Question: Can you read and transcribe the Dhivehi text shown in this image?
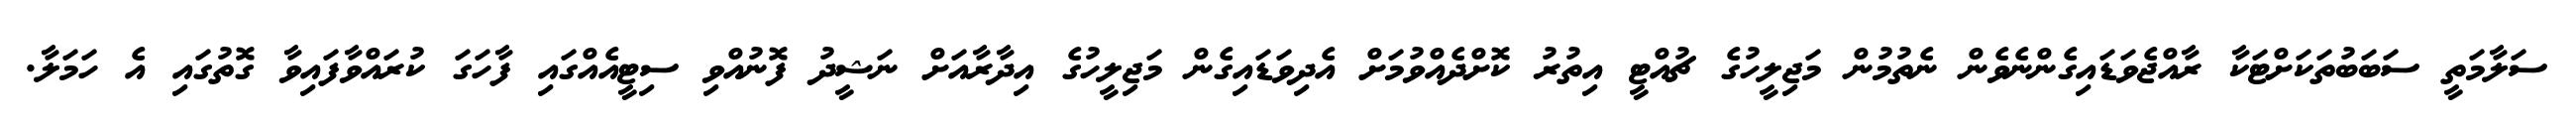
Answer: ސަލާމަތީ ސަބަބުތަކަށްޓަކާ ރާއްޖެވަޑައިގެންނެވެން ނެތުމުން މަޖިލީހުގެ ޗުއްޓީ އިތުރު ކޮށްދެއްވުމަށް އެދިވަޑައިގެން މަޖިލީހުގެ އިދާރާއަށް ނަޝީދު ފޮނުއްވި ސިޓީއެއްގައި ފާހަގަ ކުރައްވާފައިވާ ގޮތުގައި އެ ހަމަލާ.